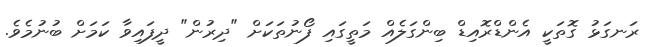
ރަނގަޅު ގޮތަކީ އެންޑްރޮއިޑް ބިންގަލެއް މަތީގައި ފޯނުތަކަށް "ދިރުން" ދީފައިވާ ކަމަށް ބުނުމެވެ.